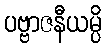
ပဗ္ဗာဇနီယမ္ပိ